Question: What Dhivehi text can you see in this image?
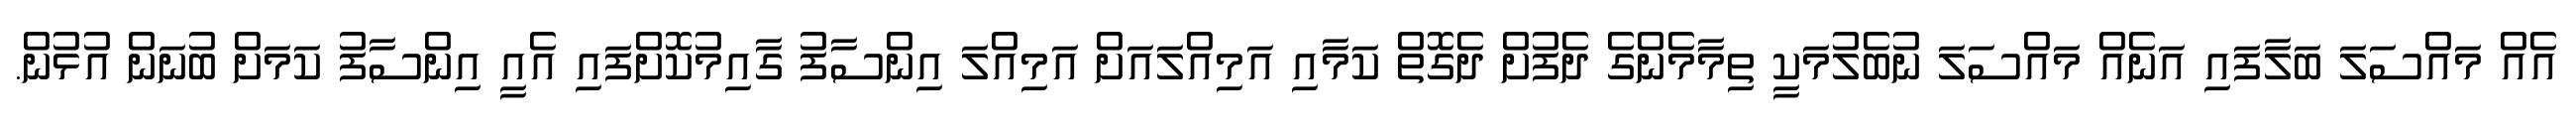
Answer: އެއް މައްސަލަ ބަލާފައި އަނެއް މައްސަލަ ނުބެލުމަކީ ތިމާމެންގެ ދެފުށް ދެގޮތް ކަމާއި އަމިއްލައަށް އަމިއްލަ އިންސާފު ގާއިމުކޮށްފައި އެއީ އިންސާފު ކަމަށް ބުނަން އުޅުން.